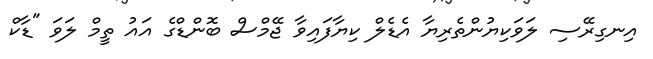
އިނގިރޭސި ލަވަކިޔުންތެރިޔާ އެޑެލް ކިޔާފައިވާ ޖޭމްސް ބޮންޑްގެ އައު ތީމް ލަވަ "ޑާކް